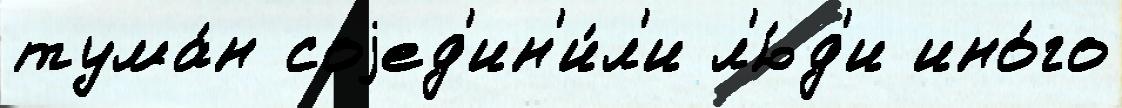
тума́н соjед'ин'и́л'и л'ю́д'и ино́го